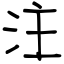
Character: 注